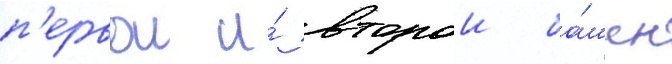
п'ервои и́ второи ба́шен